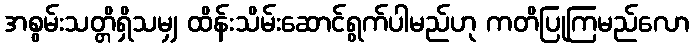
အစွမ်းသတ္တိရှိသမျှ ထိန်းသိမ်းဆောင်ရွက်ပါမည်ဟု ကတိပြုကြမည်လော